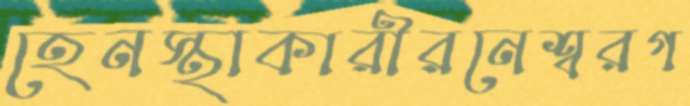
হেনস্থাকারীরনেশ্বরগ